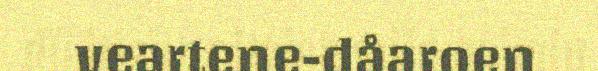
veartene-dåaroen